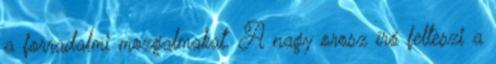
a forradalmi mozgalmakat. A nagy orosz író felteszi a